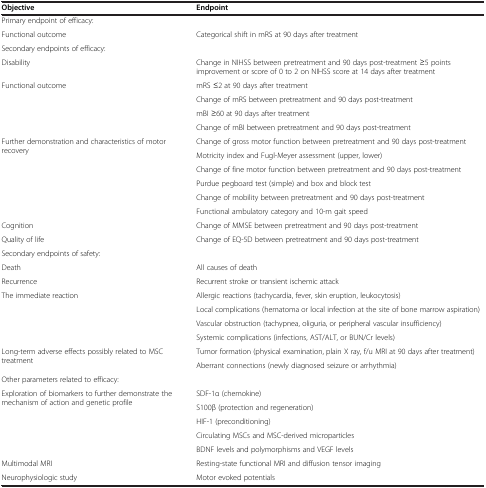
<table><thead><tr><td><b>Objective</b></td><td><b>Endpoint</b></td></tr></thead><tbody><tr><td>Primary endpoint of efficacy:</td><td> </td></tr><tr><td>Functional outcome</td><td>Categorical shift in mRS at 90 days after treatment</td></tr><tr><td>Secondary endpoints of efficacy:</td><td> </td></tr><tr><td>Disability</td><td>Change in NIHSS between pretreatment and 90 days post-treatment ≥5 points improvement or score of 0 to 2 on NIHSS score at 14 days after treatment</td></tr><tr><td rowspan="4">Functional outcome</td><td>mRS ≤2 at 90 days after treatment</td></tr><tr><td>Change of mRS between pretreatment and 90 days post-treatment</td></tr><tr><td>mBI ≥60 at 90 days after treatment</td></tr><tr><td>Change of mBI between pretreatment and 90 days post-treatment</td></tr><tr><td rowspan="6">Further demonstration and characteristics of motor recovery</td><td>Change of gross motor function between pretreatment and 90 days post-treatment</td></tr><tr><td>Motricity index and Fugl-Meyer assessment (upper, lower)</td></tr><tr><td>Change of fine motor function between pretreatment and 90 days post-treatment</td></tr><tr><td>Purdue pegboard test (simple) and box and block test</td></tr><tr><td>Change of mobility between pretreatment and 90 days post-treatment</td></tr><tr><td>Functional ambulatory category and 10-m gait speed</td></tr><tr><td>Cognition</td><td>Change of MMSE between pretreatment and 90 days post-treatment</td></tr><tr><td>Quality of life</td><td>Change of EQ-5D between pretreatment and 90 days post-treatment</td></tr><tr><td>Secondary endpoints of safety:</td><td> </td></tr><tr><td>Death</td><td>All causes of death</td></tr><tr><td>Recurrence</td><td>Recurrent stroke or transient ischemic attack</td></tr><tr><td rowspan="4">The immediate reaction</td><td>Allergic reactions (tachycardia, fever, skin eruption, leukocytosis)</td></tr><tr><td>Local complications (hematoma or local infection at the site of bone marrow aspiration)</td></tr><tr><td>Vascular obstruction (tachypnea, oliguria, or peripheral vascular insufficiency)</td></tr><tr><td>Systemic complications (infections, AST/ALT, or BUN/Cr levels)</td></tr><tr><td rowspan="2">Long-term adverse effects possibly related to MSC treatment</td><td>Tumor formation (physical examination, plain X ray, f/u MRI at 90 days after treatment)</td></tr><tr><td>Aberrant connections (newly diagnosed seizure or arrhythmia)</td></tr><tr><td>Other parameters related to efficacy:</td><td> </td></tr><tr><td rowspan="5">Exploration of biomarkers to further demonstrate the mechanism of action and genetic profile</td><td>SDF-1α (chemokine)</td></tr><tr><td>S100β (protection and regeneration)</td></tr><tr><td>HIF-1 (preconditioning)</td></tr><tr><td>Circulating MSCs and MSC-derived microparticles</td></tr><tr><td>BDNF levels and polymorphisms and VEGF levels</td></tr><tr><td>Multimodal MRI</td><td>Resting-state functional MRI and diffusion tensor imaging</td></tr><tr><td>Neurophysiologic study</td><td>Motor evoked potentials</td></tr></tbody></table>